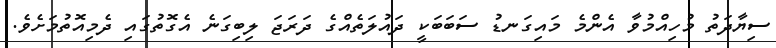
ސިޔާދަތު މުހިއްމުވާ އެންމެ މައިގަނޑު ސަބަބަކީ ދައުލަތެއްގެ ދަރަޖަ ލިބިގަނެ އެގޮތުގައި ދެމިއޮތުމަށެވެ.